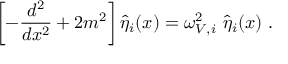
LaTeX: \left[ - \frac { d ^ { 2 } } { d x ^ { 2 } } + 2 m ^ { 2 } \right] \hat { \eta } _ { i } ( x ) = \omega _ { V , i } ^ { 2 } ~ \hat { \eta } _ { i } ( x ) ~ .